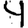
Digit: 4